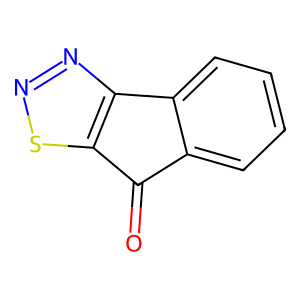
SMILES: O=C1c2ccccc2-c2nnsc21
Inhibits HIV replication: No